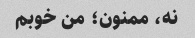
نه، ممنون؛ من خوبم